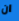
ان